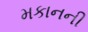
મકાનની